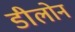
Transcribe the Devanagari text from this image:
डीलोन